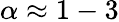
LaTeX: \alpha\approx 1-3